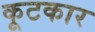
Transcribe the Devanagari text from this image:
कूटकार